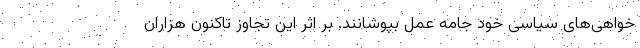
خواهی‌های سیاسی خود جامه عمل بپوشانند. بر اثر این تجاوز تاکنون هزاران